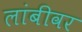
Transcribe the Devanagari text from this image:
लांबीवर